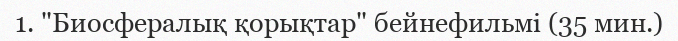
1. "Биосфералық қорықтар" бейнефильмі (35 мин.)